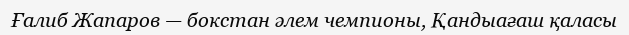
Ғалиб Жапаров — бокстан әлем чемпионы, Қандыағаш қаласы